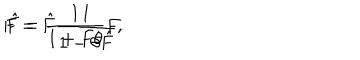
F = \hat { F } \frac { 1 } { 1 - \theta \hat { F } } , \hspace { . 5 i n } \hat { F } = \frac { 1 } { 1 + F \theta } F .